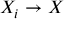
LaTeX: X _ { i } \to X